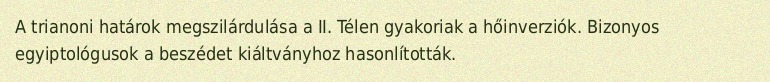
A trianoni határok megszilárdulása a II. Télen gyakoriak a hőinverziók. Bizonyos egyiptológusok a beszédet kiáltványhoz hasonlították.